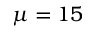
\protect \mu = 1 5